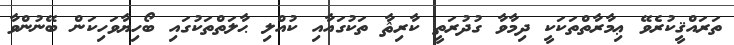
ތަރައްޤީކުރެވޭ ޢިމާރާތްތަކަކީ ދިމާވާ ގުދުރަތީ ކާރިޘާ ތަކުގައާއި ކުއްލި ޙާލަތްތަކުގައި ބޯހިޔާވަހިކަން ބޭނުންވާ